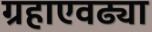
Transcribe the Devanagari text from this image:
ग्रहाएवढ्या